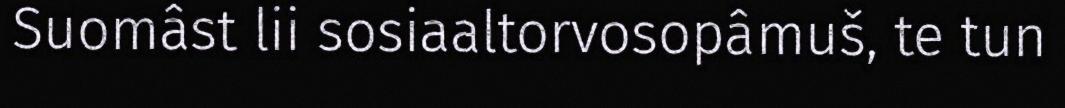
Suomâst lii sosiaaltorvosopâmuš, te tun